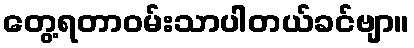
တွေ့ရတာဝမ်းသာပါတယ်ခင်ဗျာ။